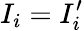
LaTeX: I_{i}=I_{i}^{\prime}